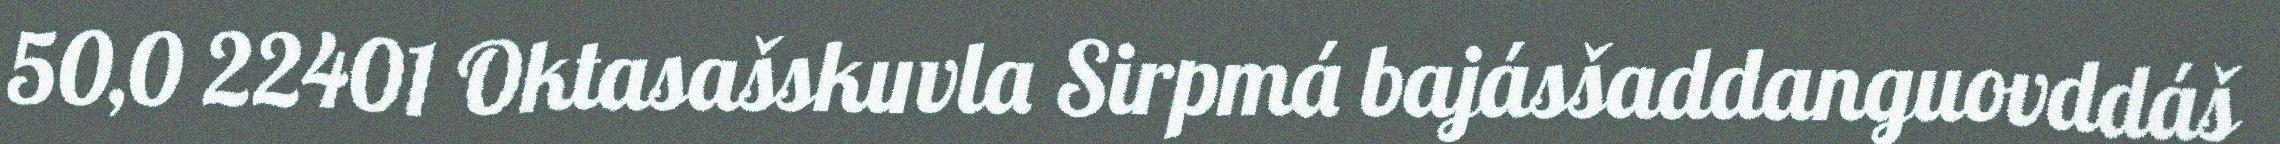
50,0 22401 Oktasašskuvla Sirpmá bajásšaddanguovddáš